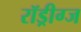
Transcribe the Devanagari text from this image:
रॉड्रीग्ज